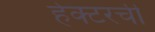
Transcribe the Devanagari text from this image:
हेक्टरची